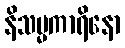
နိသမ္မကာရိနော